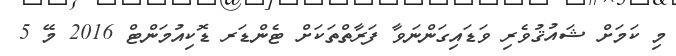
މި ކަމަށް ޝައުޤުވެރި ވަޑައިގަންނަވާ ފަރާތްތަކަށް ޓެންޑަރ ޑޮކިއުމަންޓް 2016 މޭ 5